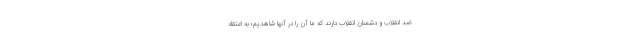
ضد انقلاب و دشمنان انقلاب دارند که ما آن را در آنها شاهدیم؛ به اعتقاد